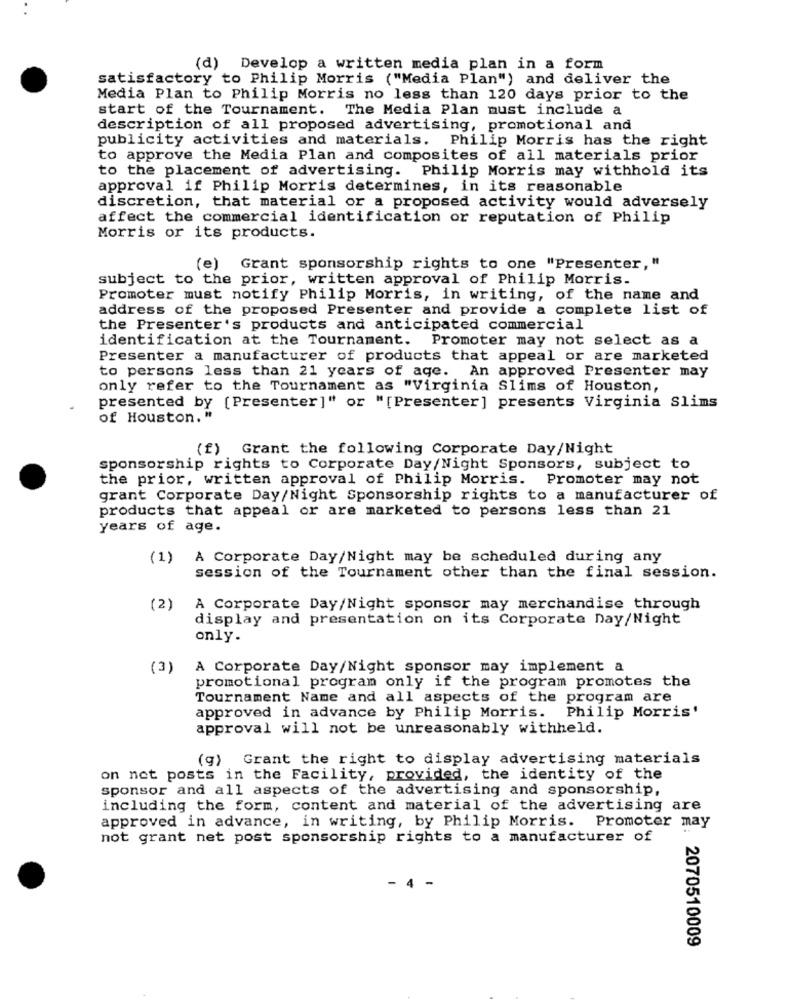
(d)
Develop a written media plan in a form
satisfactory to Philip Morris ("Media Plan") and deliver the
Media Plan to Philip Morris no less than 120 days prior to the
start of the Tournament. The Media Plan must include a
description of all proposed advertising, promotional and
publicity activities and materials. Philip Morris has the right
to approve the Media Plan and composites of all materials prior
to the placement of advertising. Philip Morris may withhold its
approval if Philip Morris determines, in its reasonable
discretion, that material or a proposed activity would adversely
affect the commercial identification or reputation of Philip
Morris or its products.
(e) Grant sponsorship rights to one "Presenter, "
subject to the prior, written approval of Philip Morris.
Promoter must notify Philip Morris, in writing, of the name and
address of the proposed Presenter and provide a complete list of
the Presenter's products and anticipated commercial
identification at the Tournament. Promoter may not select as a
Presenter a manufacturer of products that appeal or are marketed
to persons less than 21 years of age. An approved Presenter may
only refer to the Tournament as "Virginia Slims of Houston,
presented by [Presenter]" or "[Presenter] presents Virginia Slims
of Houston, "
Grant the following Corporate Day/Night
sponsorship rights to Corporate Day/Night Sponsors, subject to
the prior, written approval of Philip Morris. Promoter may not
grant Corporate Day/Night Sponsorship rights to a manufacturer of
products that appeal or are marketed to persons less than 21
years of age.
(1)
A Corporate Day/Night may be scheduled during any
session of the Tournament other than the final session.
(2)
A Corporate Day/Night sponsor may merchandise through
display and presentation on its Corporate Day/Night
only.
(3)
A Corporate Day/Night sponsor may implement a
promotional program only if the program promotes the
Tournament Name and all aspects of the program are
approved in advance by Philip Morris. Philip Morris'
approval will not be unreasonably withheld.
(g) Grant the right to display advertising materials
on net posts in the Facility, provided, the identity of the
sponsor and all aspects of the advertising and sponsorship,
including the form, content and material of the advertising are
approved in advance, in writing, by Philip Morris. Promoter may
not grant net post sponsorship rights to a manufacturer of
- 4 -
2070510009